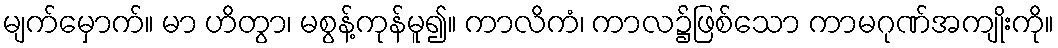
မျက်မှောက်။ မာ ဟိတွာ၊ မစွန့်ကုန်မူ၍။ ကာလိကံ၊ ကာလ၌ဖြစ်သော ကာမဂုဏ်အကျိုးကို။